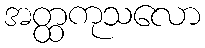
အတ္ထကုသလော